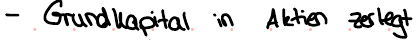
- Grundkapital in Aktien zerlegt